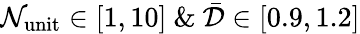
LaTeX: \mathcal{N}_{\mathrm{{unit}}}\in[1,10]\ \& \ \bar{{\mathcal{{D}}}}\in[0.9,1.2]